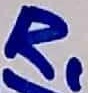
Text: R1